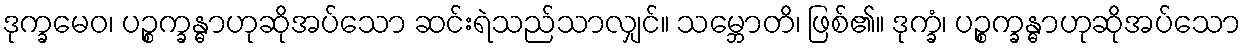
ဒုက္ခမေဝ၊ ပဉ္စက္ခန္ဓာဟုဆိုအပ်သော ဆင်းရဲသည်သာလျှင်။ သမ္ဘောတိ၊ ဖြစ်၏။ ဒုက္ခံ၊ ပဉ္စက္ခန္ဓာဟုဆိုအပ်သော